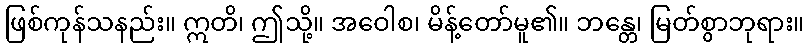
ဖြစ်ကုန်သနည်း။ ဣတိ၊ ဤသို့။ အဝေါစ၊ မိန့်တော်မူ၏။ ဘန္တေ၊ မြတ်စွာဘုရား။